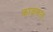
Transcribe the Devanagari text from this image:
काळफात